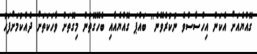
ގޮއްޔެއަށް އެކަން އިހްސާސްވެ ނުކުރެވޭނެ'' ބައްޕަ ގޮއްޔެއާއި ބެހޭގޮތުން މިގޮތަށް ވާހަކަަތަށް ދެއްކުމަށްފަހު